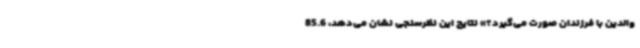
والدین با فرزندان صورت می‌گیرد؟» نتایج این نظرسنجی نشان می‌دهد، 85.6